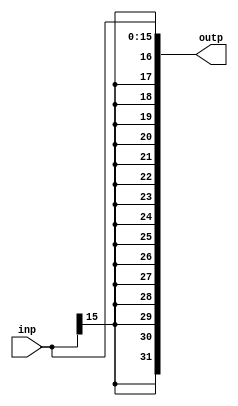
`timescale 1ns/1ps

module SignExtender
                (
                    input wire [16-1:0]inp,
                    output wire [32-1:0]outp
                );

assign outp = {{16{inp[16-1]}}, inp};

endmodule